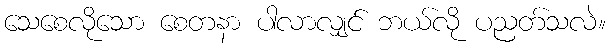
သေစေလိုသော စေတနာ ပါလာလျှင် ဘယ်လို ပညတ်သလဲ။